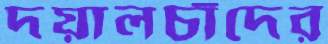
দয়ালচাঁদের